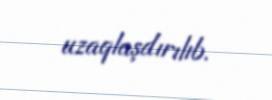
uzaqlaşdırılıb.